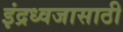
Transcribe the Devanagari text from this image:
इंद्रध्वजासाठी